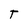
Character: T